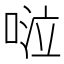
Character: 𠴹